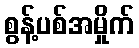
စွန့်ပစ်အမှိုက်